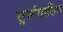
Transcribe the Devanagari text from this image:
सुसंगाठित